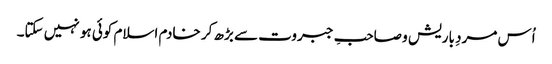
اُس مردِ باریش و صاحبِ جبروت سے بڑھ کر خادم اسلام کوئی ہو نہیں سکتا۔